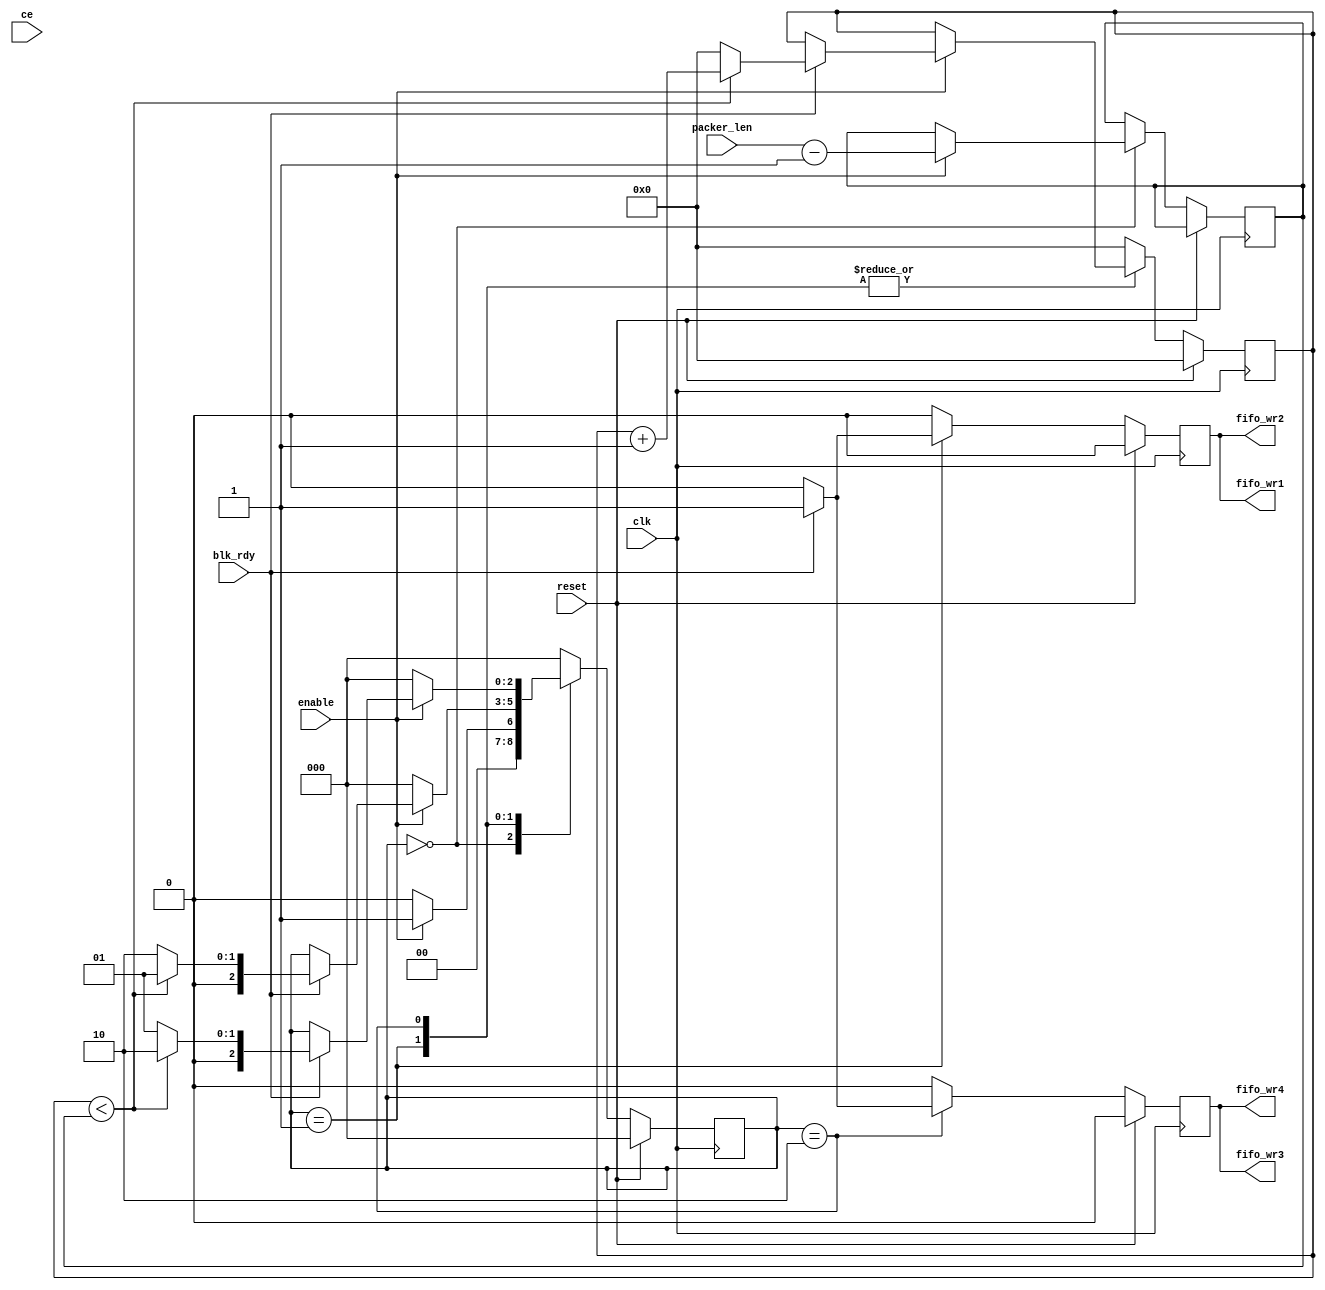
module pre_filter1
(input clk,
input ce, //dummy needed for simulink
input reset,
input [12:0] packer_len,
input enable,
input blk_rdy,
//input [9:0] dcount,
output reg fifo_wr1 ,
output reg fifo_wr2 ,
output reg fifo_wr3 ,
output reg fifo_wr4 
);

// State encoding
localparam STATE_IDLE = 3'd0;
localparam STATE_WR1 = 3'd1;
localparam STATE_WR2 = 3'd2;
localparam STATE_WR3 = 3'd3;
localparam STATE_WR4 = 3'd4;
//localparam STATE_GOING_GREEN = 2'd3;

// State register
reg [2:0] state = 3'd0;
reg[12:0] cnt= 13'd0;
reg [12:0] temp_len =13'b0;
// Register for amber timer counter

initial begin
fifo_wr1<= 1'b0;
fifo_wr2<= 1'b0;
fifo_wr3<= 1'b0;
fifo_wr4<= 1'b0;
end

always @(posedge clk) begin
if (reset == 1'b1) begin
	fifo_wr1<= 1'b0;
	fifo_wr2<= 1'b0;
	fifo_wr3<= 1'b0;
	fifo_wr4<= 1'b0;
	cnt <= 0;
	state <= STATE_IDLE;
end else begin
   fifo_wr1<= 1'b0;
	fifo_wr2<= 1'b0;
	fifo_wr3<= 1'b0;
	fifo_wr4<= 1'b0;
	case(state)
	STATE_IDLE: begin
		cnt <= 0;
		if (enable == 1'b1) begin //we can change later if (fifo_empty == 1'b1) begin
			temp_len <= packer_len - 1;   //-1 for timing
			state <= STATE_WR1;
		end else begin
			state <= STATE_IDLE;
		end
	end
	STATE_WR1: begin
        if (blk_rdy == 1'b1) begin
            fifo_wr1<= 1'b1;
            fifo_wr2<= 1'b1;        
        end else begin
            fifo_wr1<= 1'b0;
            fifo_wr2<= 1'b0;
        end
		fifo_wr3<= 1'b0;
		fifo_wr4<= 1'b0;

		if (enable == 1'b0) begin
			state <= STATE_IDLE;
		end else if (blk_rdy == 1'b1) begin
            if( cnt < temp_len) begin           
                state <= STATE_WR1; 			
                cnt <= cnt + 1;
            end else begin
                state <= STATE_WR2;
                cnt<= 0;
            end
        end
	end 
	STATE_WR2: begin
		fifo_wr1<= 1'b0;
		fifo_wr2<= 1'b0;
        
        if (blk_rdy == 1'b1) begin
            fifo_wr3<= 1'b1;
            fifo_wr4<= 1'b1;        
        end else begin
            fifo_wr3<= 1'b0;
            fifo_wr4<= 1'b0;
        end
        
		if (enable == 1'b0) begin
			state <= STATE_IDLE;
		end  else if (blk_rdy == 1'b1) begin
            if( cnt < temp_len) begin           
                state <= STATE_WR2; 			
                cnt <= cnt + 1;
            end else begin
                state <= STATE_WR1;
                cnt<= 0;
            end
        end
	end 
	default: begin
        fifo_wr1<= 1'b0;
        fifo_wr2<= 1'b0;
        fifo_wr3<= 1'b0;
        fifo_wr4<= 1'b0;
        state <= STATE_IDLE;
        cnt<= 0;
	end
  endcase
end
end

endmodule